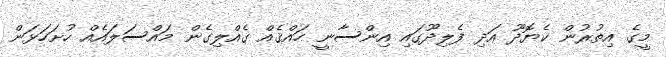
މީގެ އިތުރުން ކެޔޮދޫ އަދި ފެލިދޫގައި އިންސާނީ ހައްޤެއް ގެއްލިގެން މައްސަލައެއް ހުށަހަޅަން